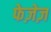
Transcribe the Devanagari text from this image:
फेज़ेज़